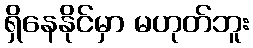
ရှိနေနိုင်မှာ မဟုတ်ဘူး